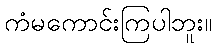
ကံမကောင်းကြပါဘူး။